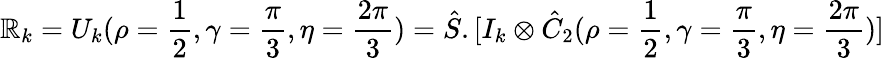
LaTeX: \mathbb{R}_{k}=U_{k}(\rho=\frac{{1}}{{2}},\gamma=\frac{{\pi}}{{3}},\eta=\frac{{2\pi}}{{3}})=\hat{{S}}.[I_{k}\otimes\hat{{C}}_{2}(\rho=\frac{{1}}{{2}},\gamma=\frac{{\pi}}{{3}},\eta=\frac{{2\pi}}{{3}})]